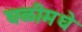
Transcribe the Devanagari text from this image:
घळीमधे